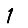
Digit: 1